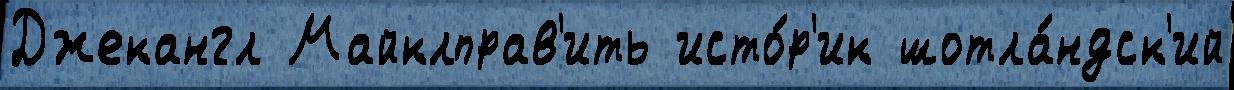
Джекангл Майклправ'ить исто́р'ик шотла́ндск'ий